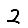
Digit: 2